Annual report on the working of the mental hospitals in the Madras Presidency - 1912-1932
Year: 1912
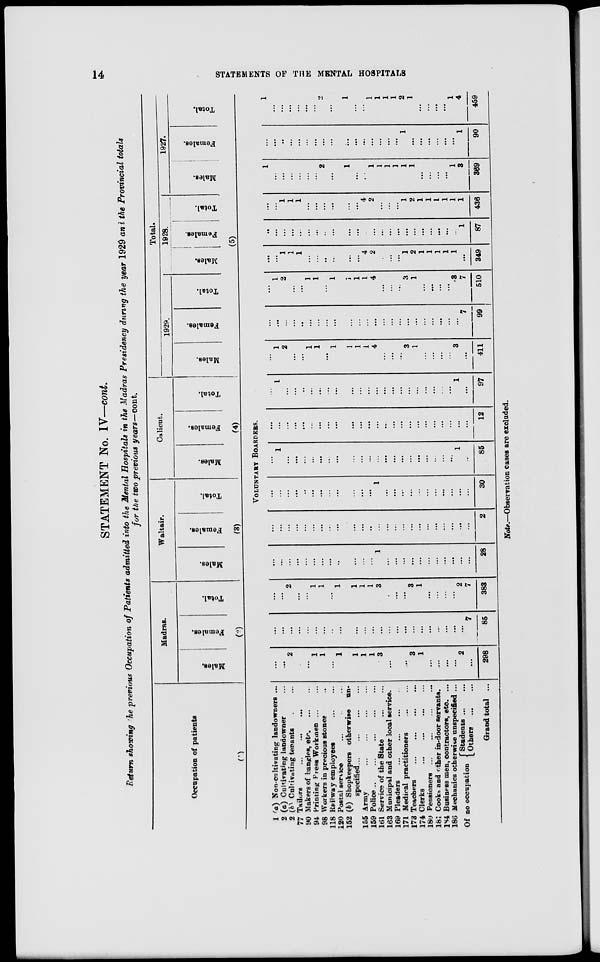
14
STATEMENTS OF THE MENTAL HOSPITALS
STATEMENT No. IV—cont.
Return showing the previous Occupation of Patients admitted into the Mental Hospitals in the Madras Presidency during the year 1929 and the Provincial totals
for the two previous years—cont.
Occupation of patients
(1)
Madras.
Males.
Females.
Total.
(2)
Waltair.
Males.
Females.
Total.
(3)
Calicut.
Males.
Females.
Total.
(4)
Total.
1929.
Males.
Females.
Total.
1928.
Males.
Females.
Total.
1927.
Males.
Females.
Total.
(5)
VOLUNTARY BOARDERS.
1 (a) Non-cultivating landowners ...
2 (a) Cultivating landowner ...
2 (b) Cultivating tenants ... ...
77 Tailors
...
...
...
90 Makers of bangles, etc. ... ...
94 Printing Press Workmen ... ...
98 Workers in precious stones ...
118 Railway employees
...
...
120 Postal service
...
...
...
152 (b) Shopkeepers otherwise un-
specified...
...
...
...
155 Army ... ... ... ...
159 Police
...
...
...
...
...
161 Service of the State
...
...
163 Municipal and other local service.
169 Pleaders
...
...
...
...
171 Medical practitioners ... ...
173 Teachers
...
...
...
...
174 Clerks
...
...
...
...
180 Pensioners
...
...
...
...
181 Cooks and other in-door servants.
184 Business men, contractors, etc. ...
186 Mechanics otherwise unspecified ...
Of no occupation
Students ... ...
Others
...
...
Grand total ...
...
...
2
...
...
1
1
...
1
1
1
1
3
...
...
...
3
1
...
...
...
...
2
...
298
...
...
...
...
...
...
...
...
...
...
...
...
...
...
...
...
...
...
...
...
...
...
...
7
85
...
...
2
...
...
1
1
...
1
1
1
1
3
...
...
...
3
1
...
...
...
...
2
7
383
...
...
...
...
...
...
...
...
...
...
...
...
1
...
...
...
...
...
...
...
...
...
...
...
28
...
...
...
...
...
...
...
...
...
...
...
...
...
...
...
...
...
...
...
...
...
...
...
...
2
...
...
...
...
...
...
...
...
...
...
...
...
1
...
...
...
...
...
...
...
...
...
...
...
30
...
1
...
...
...
...
...
...
...
...
...
...
...
...
...
...
...
...
...
...
...
...
1
...
85
...
...
...
...
...
...
...
...
...
...
...
...
...
...
...
...
...
...
...
...
...
...
...
...
12
...
1
...
...
...
...
...
...
...
...
...
...
...
...
...
...
...
...
...
...
...
...
1
...
97
...
1
2
...
...
1
1
...
1
1
1
1
4
...
...
...
3
1
...
...
...
...
3
...
411
...
...
...
...
...
...
...
...
...
...
...
...
...
...
...
...
...
...
...
...
...
...
...
7
...
...
1
2
...
...
1
1
...
1
1
1
1
4
...
...
...
3
1
...
...
...
...
3
7
510
...
...
1
1
1
...
...
...
...
...
...
4
2
...
...
...
1
2
1
1
1
1
1
...
349
...
...
...
...
...
...
...
...
...
...
...
...
...
...
...
...
...
...
...
...
...
...
...
1
87
...
...
1
1
1
...
...
...
...
...
...
4
2
...
...
...
1
2
1
1
1
1
1
1
436
1
...
...
...
...
...
...
2
...
1
...
...
...
...
...
...
...
...
...
...
...
...
1
3
369
...
...
...
...
...
...
...
...
...
...
...
...
...
...
...
...
1
...
...
...
...
...
...
1
90
1
...
...
...
...
...
...
2
...
1
...
...
1
1
1
1
2
1
...
...
...
...
1
4
459
Note.—Observation cases are excluded.